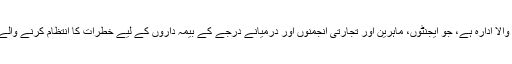
میڈوبروک ایک خطرے کا انتظام کرنے والا ادارہ ہے، جو ایجنٹوں، ماہرین اور تجارتی انجمنوں اور درمیانے درجے کے بیمہ داروں کے لیے خطرات کا انتظام کرنے والے خصوصی حلوں میں مہارت رکھتا ہے۔